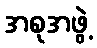
အစုအဖွဲ့